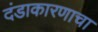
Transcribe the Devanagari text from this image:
दंडाकारणाचा